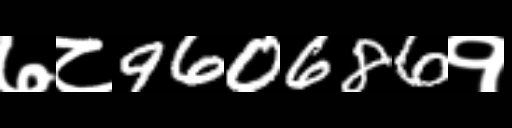
Text: ७८960686१